Vaccination report Assam 1896-1927 - 1896-1927
Year: 1896
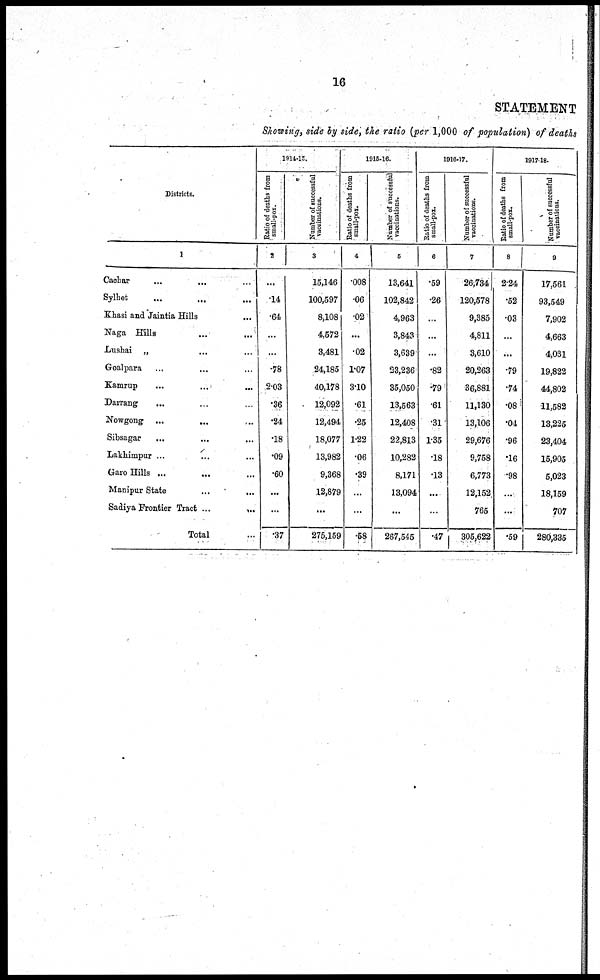
16
STATEMENT
Showing, side by side, the ratio (per 1,000 of population) of deaths
Districts.
1
Cachar... ...
Sylhet... ...
Khasi and Jaintia Hills...
Naga Hills...
Lushai „ ...
Goalpara...
Kamrup... ...
Darrang...
Nowgong...
...
Sibsagar...
Lakhimpur ...
Garo Hills ...
Manipur State...
Sadiya Frontier Tract ...
...
Total...
1914-15.
Ratio of deaths from
small-pox.
2
...
.14
.64
...
...
.78
2.03
.36
.24
.18
.09
.60
...
...
.37
Number of successful
vaccinations.
3
15,146
100,597
8,108
4,572
3,481
24,185
40,178
12,092
12,494
18,077
13,982
9,368
12,879
...
275,159
1916-16.
Ratio of deaths from
small-pox.
4
.008
.06
.02
...
.02
1.07
3.10
.61
.25
1.22
.06
.39
...
...
.68
Number of successful
vaccinations.
5
13,641
102,842
4,963
3,843
3,639
23,236
35,050
13,563
12,408
22,813
10,282
8,171
13,094
...
267,545
1916-17.
Ratio of deaths from
small-pox.
6
.59
.26
...
...
...
.82
.79
.61
.31
1.35
.18
.13
...
...
.47
Number of successful
vaccinations.
7
26,734
120,578
9,385
4,811
3,610
20,263
36,881
11,130
13,106
29,676
9,758
6,773
12,152
765
305,622
1917-18.
Ratio of deaths from
small-pox.
8
2.24
.52
.03
...
...
.79
.74
.08
.04
.96
.16
.98
...
...
.59
Number of successful
vaccinations.
9
17,561
93,549
7,902
4,663
4,031
19,822
44,802
11,582
13,225
23,404
15,905
5,023
18,159
707
280,335